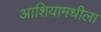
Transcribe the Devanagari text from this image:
आशियामधीला